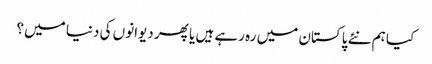
کیا ہم نئے پاکستان میں رہ رہے ہیں یا پھر دیوانوں کی دنیا میں؟